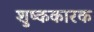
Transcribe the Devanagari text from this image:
शुष्ककारक